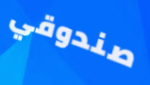
صندوقي